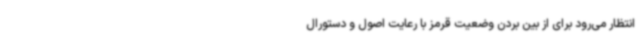
انتظار می‌رود برای از بین بردن وضعیت قرمز با رعایت اصول و دستورال